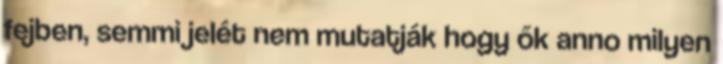
fejben, semmi jelét nem mutatják hogy ők anno milyen